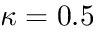
\kappa = 0 . 5